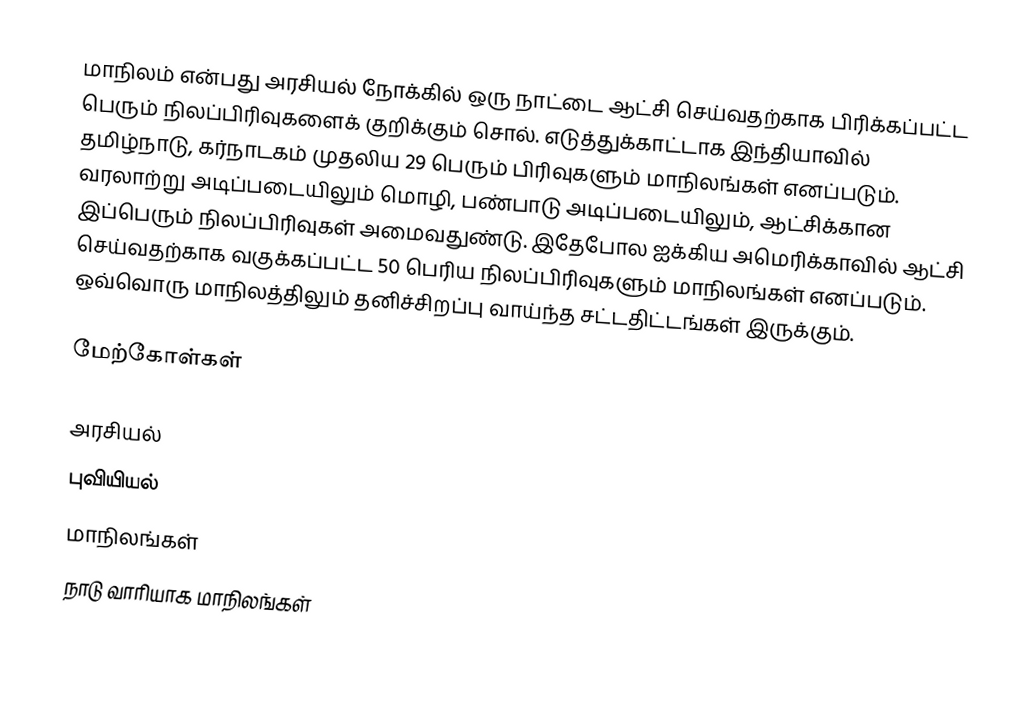
மாநிலம் என்பது அரசியல் நோக்கில் ஒரு நாட்டை ஆட்சி செய்வதற்காக பிரிக்கப்பட்ட பெரும் நிலப்பிரிவுகளைக் குறிக்கும் சொல். எடுத்துக்காட்டாக இந்தியாவில் தமிழ்நாடு, கர்நாடகம் முதலிய 29 பெரும் பிரிவுகளும் மாநிலங்கள் எனப்படும். வரலாற்று அடிப்படையிலும் மொழி, பண்பாடு அடிப்படையிலும், ஆட்சிக்கான இப்பெரும் நிலப்பிரிவுகள் அமைவதுண்டு. இதேபோல ஐக்கிய அமெரிக்காவில் ஆட்சி செய்வதற்காக வகுக்கப்பட்ட 50 பெரிய நிலப்பிரிவுகளும் மாநிலங்கள் எனப்படும். ஒவ்வொரு மாநிலத்திலும் தனிச்சிறப்பு வாய்ந்த சட்டதிட்டங்கள் இருக்கும்.

மேற்கோள்கள்

அரசியல்
புவியியல்
மாநிலங்கள்
நாடு வாரியாக மாநிலங்கள்